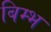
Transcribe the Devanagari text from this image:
बिम्भ